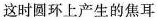
d 这时圆环上产生的焦耳